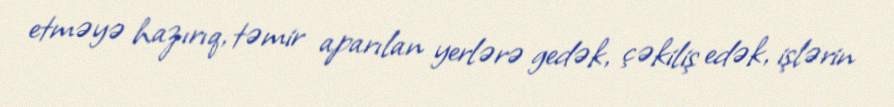
etməyə hazırıq, təmir aparılan yerlərə gedək, çəkiliş edək, işlərin